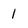
Character: 1